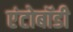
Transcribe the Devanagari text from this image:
एंटोबॉडी